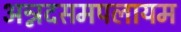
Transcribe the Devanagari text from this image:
अन्नदसमपलायम